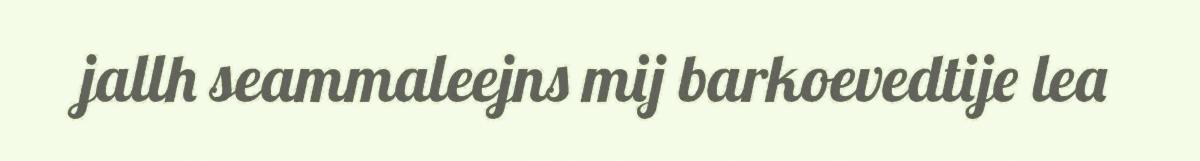
jallh seammaleejns mij barkoevedtije lea